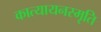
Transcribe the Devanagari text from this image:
कात्यायनस्मृति